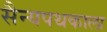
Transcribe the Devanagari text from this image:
सैन्यपथकाला